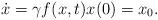
LaTeX: \begin{align*}\dot{x} = \gamma f(x,t)x(0) = x_0.\end{align*}